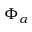
\Phi _ { \alpha }